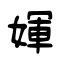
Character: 媈